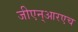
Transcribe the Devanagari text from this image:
जीएन्‌आरएच